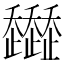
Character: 𧾭